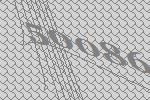
50086